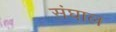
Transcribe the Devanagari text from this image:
संघाल